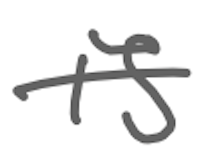
Text: is
Cross-out: mix
Writing tool: digital_gray